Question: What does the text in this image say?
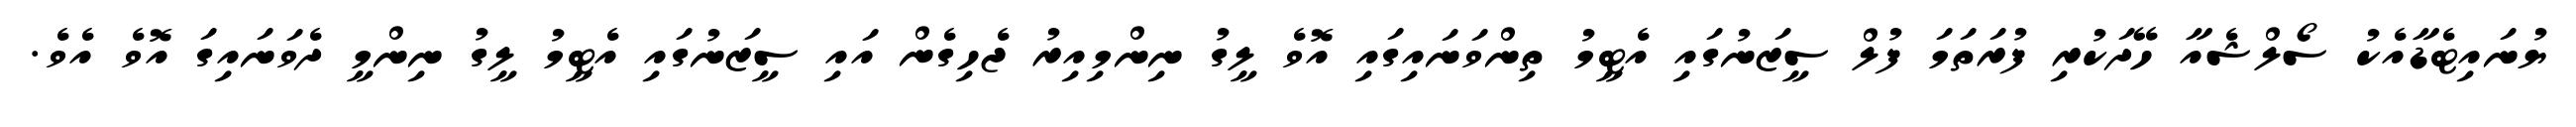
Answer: ޔުނައިޓެޑާއެކު ސޯލްޝެއާ ހޭދަކުރި ފުރަތަމަ ފުލް ސީޒަނުގައި އެޓީމު ތިންވަނައިގައި އޮވެ ލީގު ނިންމިއިރު ޖެހިގެން އައި ސީޒަނުގައި އެޓީމު ލީގު ނިންމީ ދެވަނައިގަ އޮވެ އެވެ.